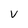
Character: V